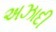
અઝાદી